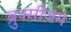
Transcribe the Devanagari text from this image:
ब्रुक्सीज़म